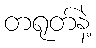
တရုတ်နဲ့